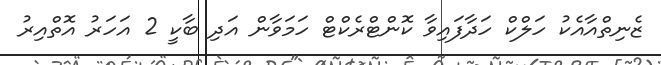
ޒެނިތްއާއެކު ހަލްކް ހަދާފައިވާ ކޮންޓްރެކްޓް ހަމަވާން އަދި ބާކީ 2 އަހަރު އޮތްއިރު